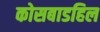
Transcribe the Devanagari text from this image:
कोसबाडहिल